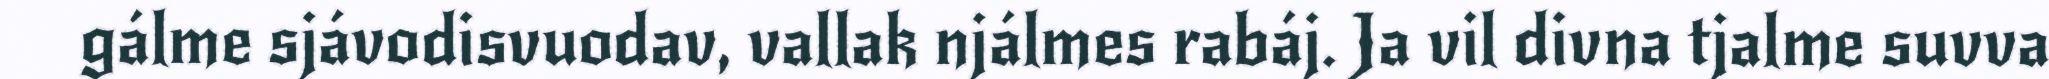
gálme sjávodisvuodav, vallak njálmes rabáj. Ja vil divna tjalme suvva